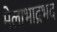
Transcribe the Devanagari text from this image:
मेलाभाद्रभद